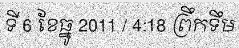
ទី 6 ខែធ្នូ 2011 / 4:18 ព្រឹកទឹម